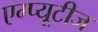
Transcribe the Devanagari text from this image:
एम्प्यूटीज